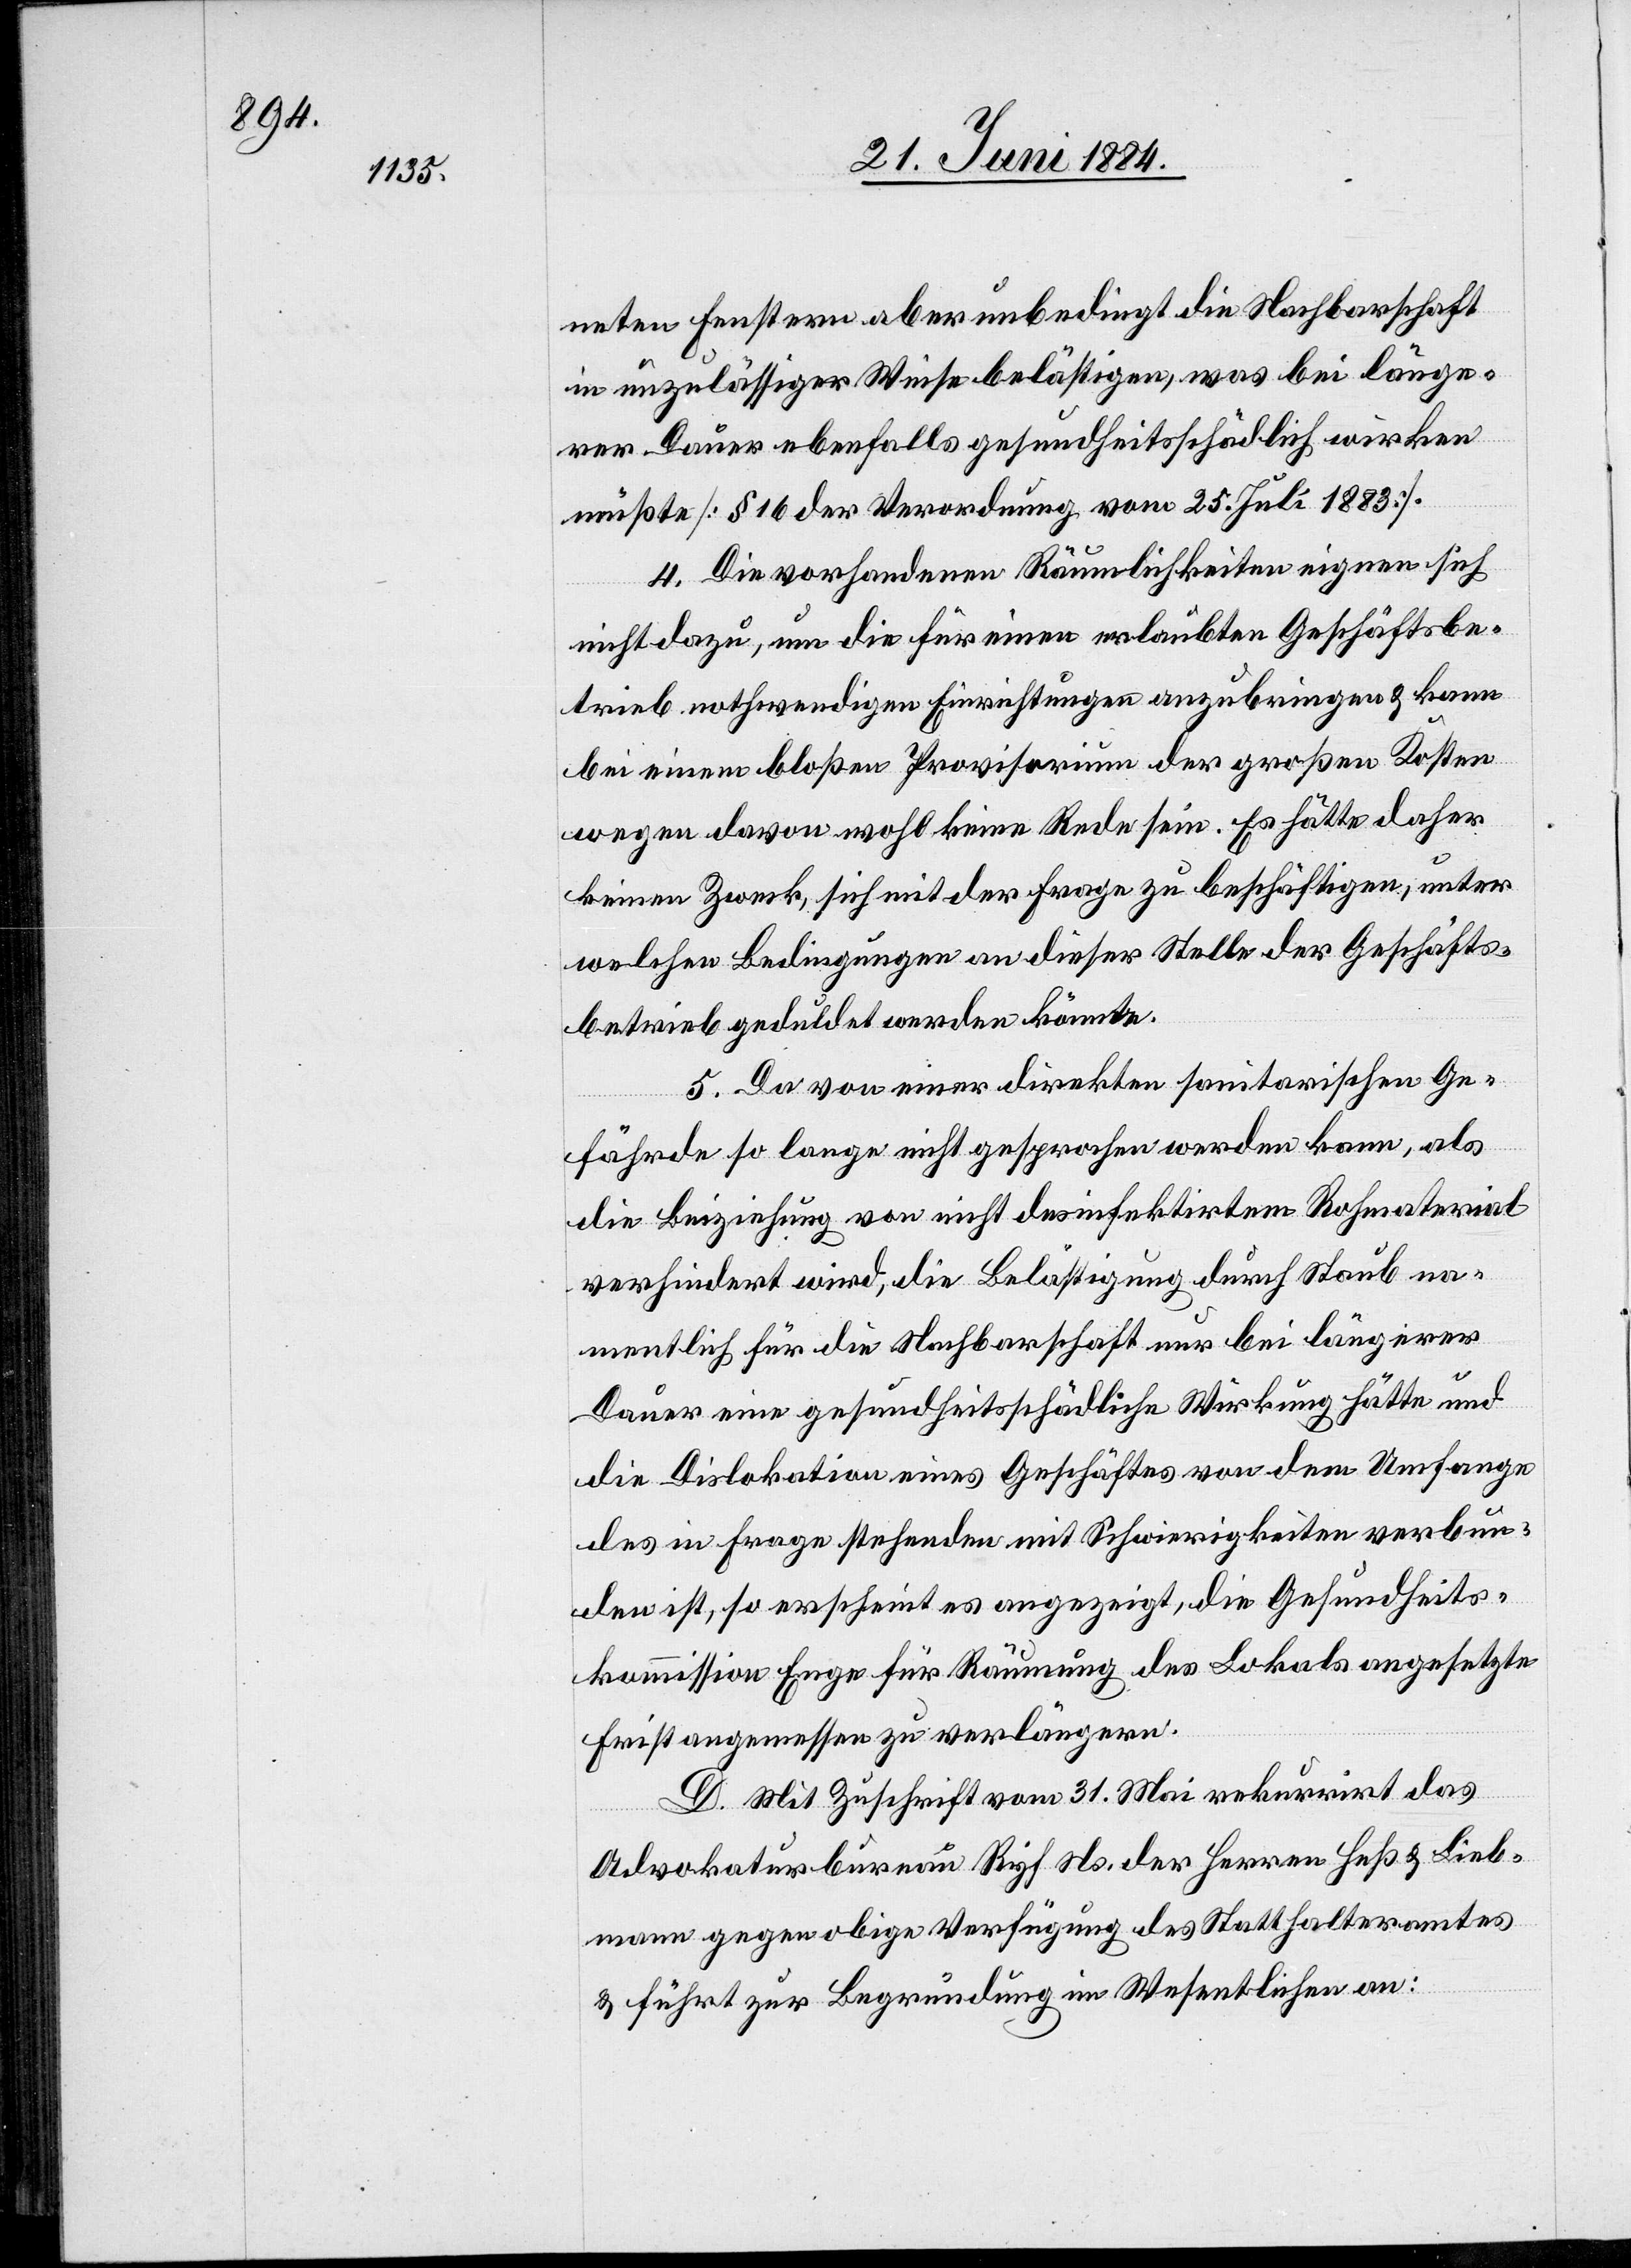
neten Fenstern aber unbedingt die Nachbarschaft
in unzulässiger Weise belästigen, was bei länge¬
rer Dauer ebenfalls gesundheitsschädlich wirken
müßte [§ 16 der Verordnung vom 25. Juli 1883].
4. Die vorhandenen Räumlichkeiten eignen sich
nicht dazu, um die für einen erlaubten Geschäftsbe¬
trieb nothwendigen Einrichtungen anzubringen & kann
bei einem bloßen Provisorium der großen Kosten
wegen davon wohl keine Rede sein. Es hätte daher
keinen Zweck, sich mit der Frage zu beschäftigen, unter
welchen Bedingungen an dieser Stelle der Geschäfts¬
betrieb geduldet werden könnte.
5. Da von einer direkten sanitarischen Ge¬
fährde so lange nicht gesprochen werden kann, als
die Beiziehung von nicht desinfektirten Rohmaterial
verhindert wird, die Belästigung durch Staub na¬
mentlich für die Nachbarschaft nur bei längerer
Dauer eine gesundheitsschädliche Wirkung hätte und
die Dislokation eines Geschäftes von dem Umfange
des in Frage stehenden mit Schwierigkeiten verbun¬
den ist, so erscheint es angezeigt, die Gesundheits¬
kommission Enge für Räumung des Lokals angesetzte
Frist angemessen zu verlängern.
D. Mit Zuschrift vom 31. Mai rekurrirt das
Advokaturbureau Ryf Ns. der Herren Heß & Lieb¬
mann gegen obige Verfügung des Statthalteramtes
& führt zur Begründung im Wesentlichen an: